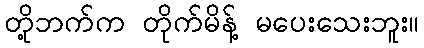
တို့ဘက်က တိုက်မိန့် မပေးသေးဘူး။